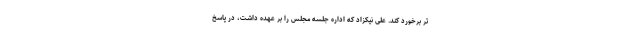
تر برخورد کند. علی نیکزاد که اداره جلسه مجلس را بر عهده داشت، در پاسخ